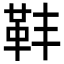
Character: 𩉧